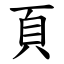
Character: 頁